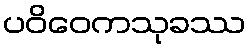
ပဝိဝေကသုခဿ